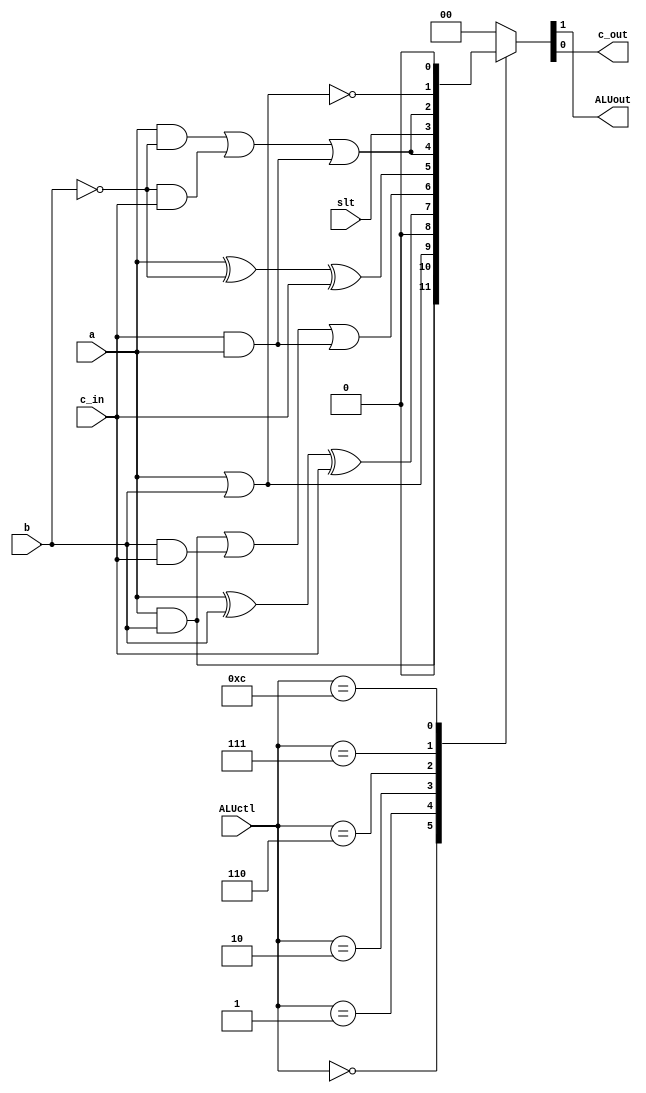
`timescale 1ns / 1ps
//////////////////////////////////////////////////////////////////////////////////
// Company:
// Engineer:
//
// Design Name:
// Module Name: ALU
// Project Name:
// Target Devices:
// Tool Versions:
// Description:
//
// Dependencies:
//
// Revision:
// Revision 0.01 - File Created
// Additional Comments:
//
//////////////////////////////////////////////////////////////////////////////////


module ALU(
  ALUctl,a,b,c_in,slt,ALUout,c_out
  );
    input a,b,c_in,slt;
    input [3:0]ALUctl;
    output c_out,ALUout;

    function [1:0]out;
        input a,b,c_in,slt;
        input [3:0]ALUctl;
        begin
            case(ALUctl[3:0])
                0:out={a&b,1'b0};
                1:out={a|b,1'b0};
                2:out={a^b^c_in,(a&b)|(b&c_in)|(c_in&a)};
                6:out={a^(~b)^c_in,(a&(~b))|((~b)&c_in)|(c_in&a)};
                7:out={slt,(a&(~b))|((~b)&c_in)|(c_in&a)};
                12:out={~(a|b),1'b0};
                default:out={1'b0,1'b0};
            endcase
        end
    endfunction
    assign {ALUout,c_out}=out(a,b,c_in,slt,ALUctl);

endmodule